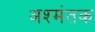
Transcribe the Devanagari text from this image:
अश्मंतक